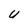
Character: U